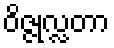
ဝိဇ္ဇုလ္လတာ